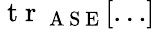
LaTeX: \mathrm{~t~r~}_{\mathrm{~A~S~E~}}[\dots]